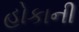
હોકાની